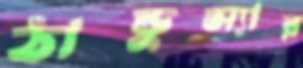
ঠান্ডুস্যার